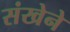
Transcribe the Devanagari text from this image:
संखेने